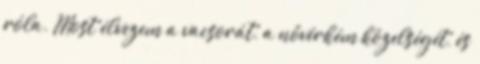
róla. Most élvezem a vacsorát, a nővérkém közelségét, és